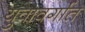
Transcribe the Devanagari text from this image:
युवावर्गात